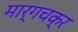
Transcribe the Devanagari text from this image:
मार्गचक्र